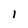
Character: 1